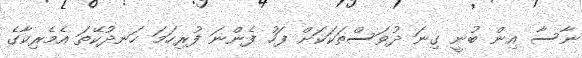
ނާސާ އިން ބުނީ ގިނަ ދުވަސްތަކަކަށް ފަހު ފެންނަ ފުރިހަމަ ހަނދުކޭތަ އެމެރިކާގެ